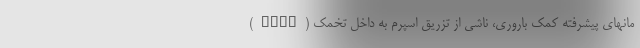
مانهای پیشرفته کمک باروری، ناشی از تزریق اسپرم به داخل تخمک (ICSI)